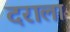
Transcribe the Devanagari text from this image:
दराला